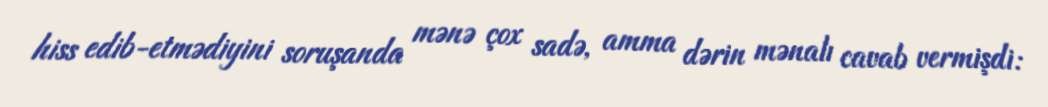
hiss edib-etmədiyini soruşanda mənə çox sadə, amma dərin mənalı cavab vermişdi: